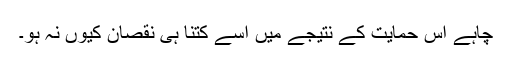
چاہے اس حمایت کے نتیجے میں اسے کتنا ہی نقصان کیوں نہ ہو۔